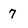
Character: 7